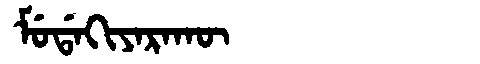
Manchu: ᠮᡠᡩᠠᡴᡳᠶᠠᡵᠠᡴᡡ
Romanization: MUDAKIYARAKŪ